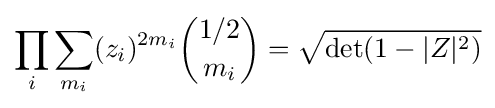
\prod _{i}\sum _{m_{i}}(z_{i})^{2m_{i}}{1/2 \choose m_{i}}={\sqrt {\det(1-|Z|^{2})}}